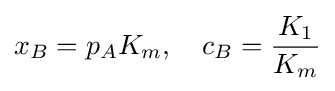
x_{B}=p_{A}K_{m},\quad c_{B}={\frac {K_{1}}{K_{m}}}